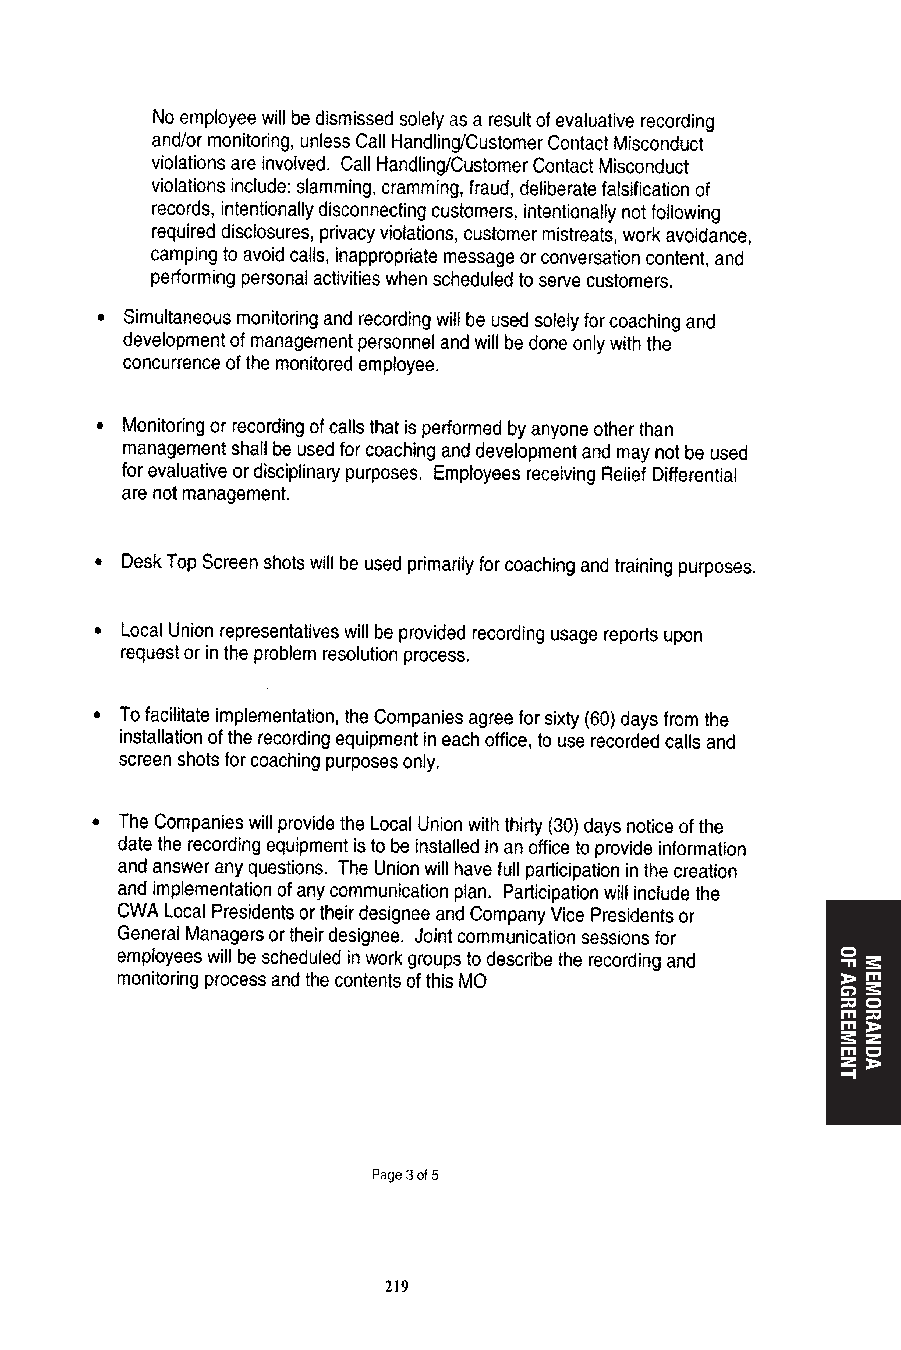
218                        219
 OF
 AGREEMENT
 MEMORANDA